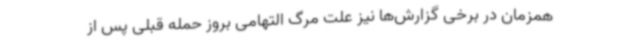
همزمان در برخی گزارش‌ها نیز علت مرگ التهامی بروز حمله قبلی پس از